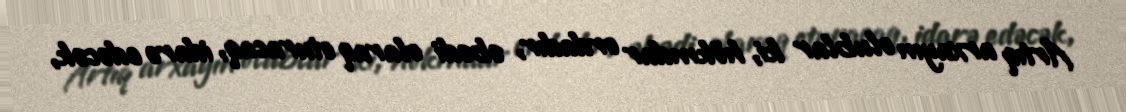
Artıq arxayın olublar ki, hökmdar ordadır, əbədi olaraq oturacaq, idarə edəcək,